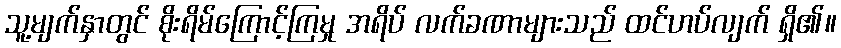
သူ့မျက်နှာတွင် စိုးရိမ်ကြောင့်ကြမှု အရိပ် လက်ခဏာများသည် ထင်ဟပ်လျက် ရှိ၏။